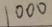
1 0 0 0